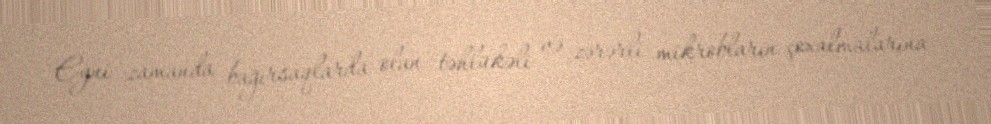
Eyni zamanda bağırsaqlarda olan təhlükəli və zərərli mikrobların çoxalmalarına